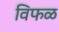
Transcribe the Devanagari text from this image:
विफळ